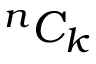
{ } ^ { n } C _ { k }